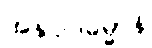
အနုပ္ပါဒဓမ္မာနိ